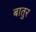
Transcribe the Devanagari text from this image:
बातुर